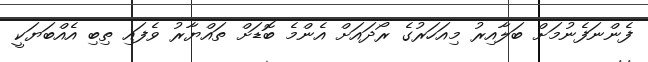
ފެންނަފެނުމަށް ބަލާއިރު މިއަހަރުގެ ރޯދައަށް އެންމެ ބޮޑަށް ތައްޔާރު ވެފައި ތިބި އެއްބަޔަކީ